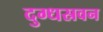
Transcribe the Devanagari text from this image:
दुग्धस्रवन